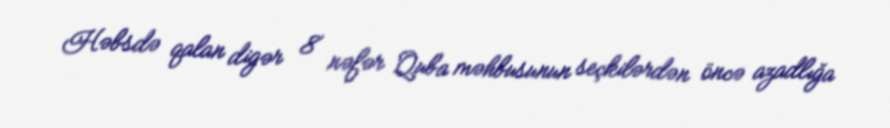
Həbsdə qalan digər 8 nəfər Quba məhbusunun seçkilərdən öncə azadlığa